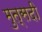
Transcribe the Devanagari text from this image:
मुत्सदी